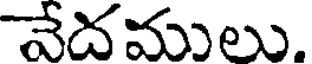
వేదములు.